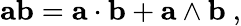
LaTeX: \mathbf{ab}=\mathbf{a\cdot b}+\mathbf{a\wedge b}\ ,